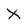
Character: x